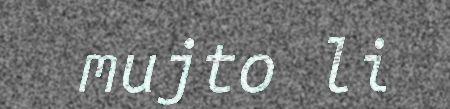
mujto li